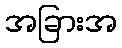
အခြားအ